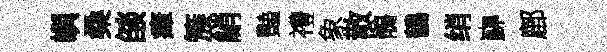
嶼桑燄瘴簇綃豔禮象散鶻鶴绡巋鄜